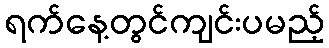
ရက်နေ့တွင်ကျင်းပမည့်